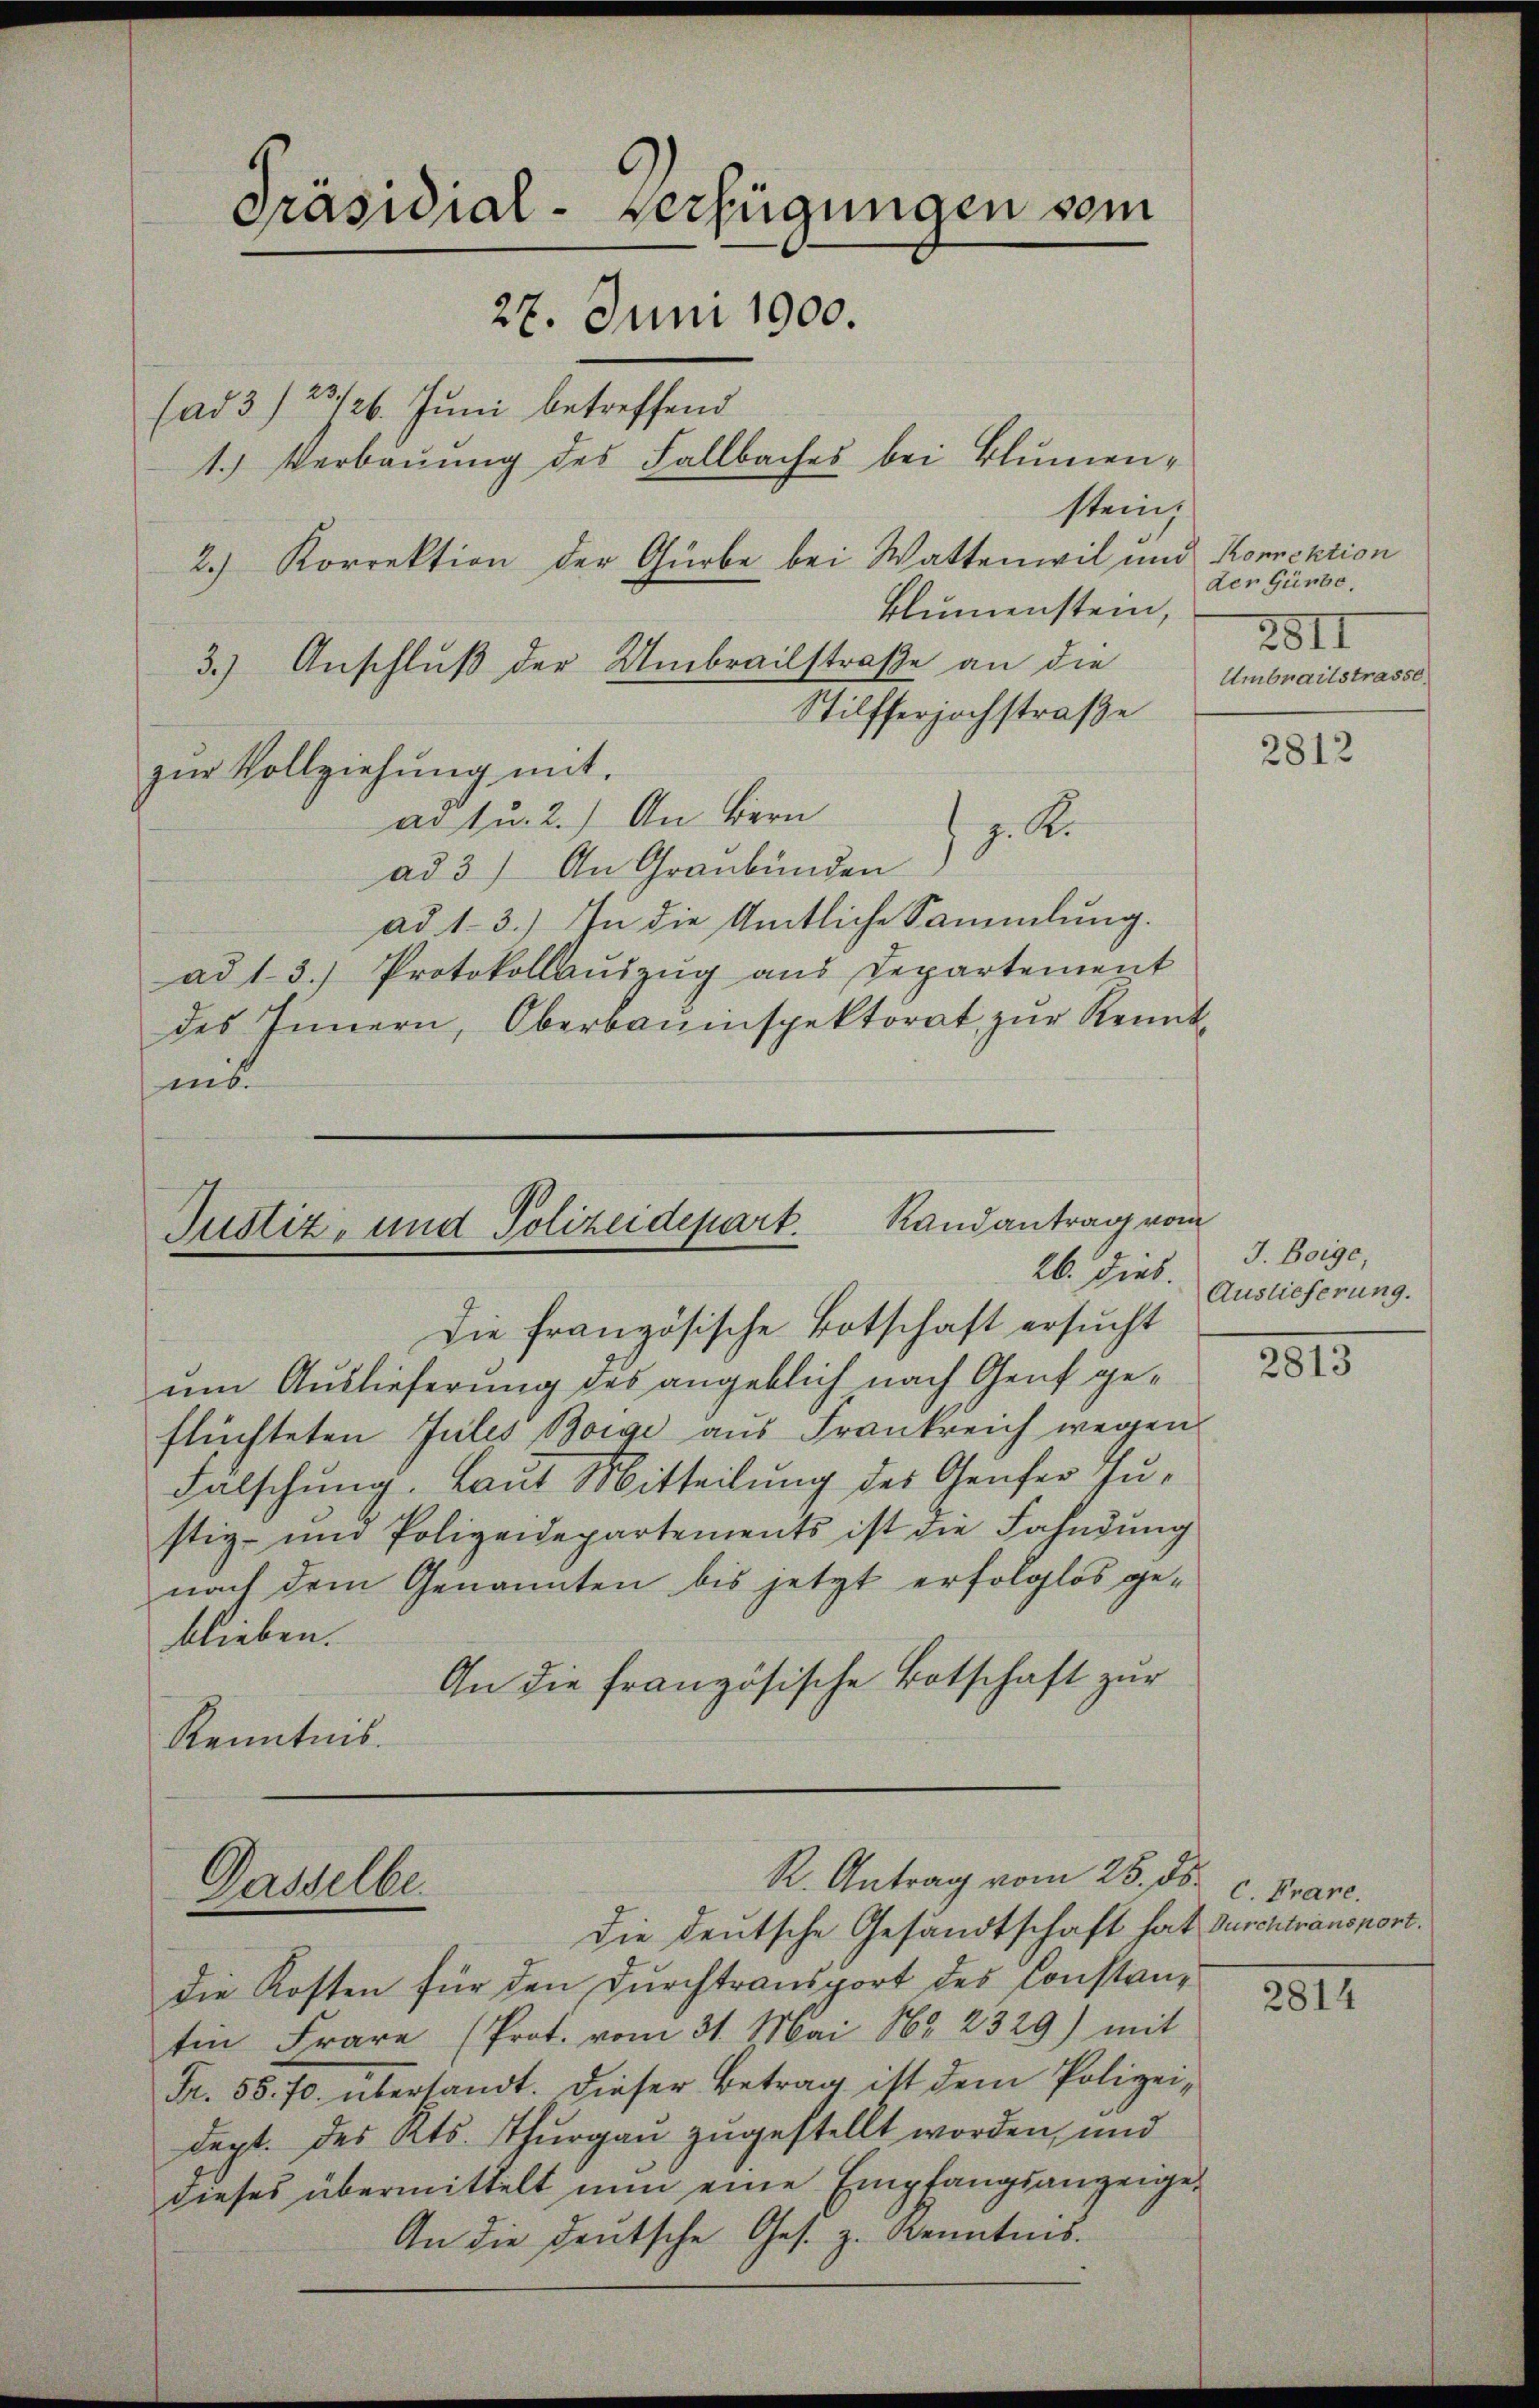
Präsidial-Verfügungen vom
27. Juni 1900.
(ad 3/23/26. Juni betreffend
1.) Verbauung des Fallbaches bei Blumenstein.
2.) Korrektion der Gürbe bei Wattenwil und Korrektion

um Auslieferung des angeblich nach Genf geflüchteten Jules Borge aus Frankreich wegen
Falschung. Laut Mitteilung des Genfer Justiz- und Polizeidepartements ist die Fahndŭng
nach dem Genannten bis jetzt erfolglos ge-
blieben.
An die französische Botschaft zur
Kenntnis.

ad u. 2.) An Bern
z. R.
ad 3) An Graubünden
ad 1-3.) In die Amtliche Sammlung.
ad 1. 3.) Protokollaŭszŭg aŭs Departement
des Innern, Oberbauinspektorat zur Kenntmis

Blumenstein,
3.) Anschluß der Umbrailstraße an die Umbraitstrasse
Stilfferjochstraße
zŭr Vollziehŭng mit.

der Günte.
2811

Randantrag vom
Justiz- und Polizeidepart.
Die französische Botschaft ersucht

R. Antrag vom 28. ds. c. Frane.
Dasselbe
Die deutsche Gesandtschaft hat durchtransport.

die Kosten für den Durchtransport des Constantin Frare (Prot. vom 31. Mai 188. 2329) mit
Fr. 55. 70. übersandt. Dieser Betrag ist dem Polizeidept. des Kts. Thurgau zugestellt worden, und
dieses übermittelt nun eine Empfangsanzeige,
An die deutsche Ges. z. Kenntnis.

2812

J. Boige,
26. Dies. Auslieferung.

2813

2814